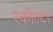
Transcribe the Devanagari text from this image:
रकोल्टा